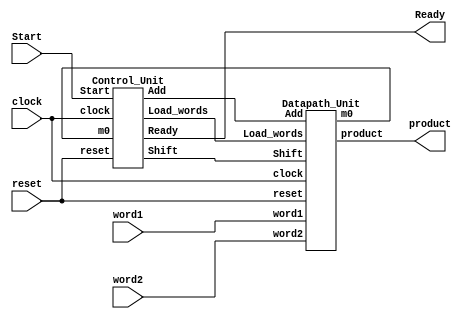
module Multiplier_STG_0 #(parameter L_word = 4)
                         (output [2*L_word-1:0] product,
                          output                  Ready,
                          input [L_word-1:0] word1, word2,
                          input Start, clock, reset);

wire        m0, Load_words, Shift;

Control_Unit M0_Controller (.Load_words(Load_words), .Shift(Shift), .Add(Add), .Ready(Ready), .m0(m0), .Start(Start), .clock(clock), .reset(reset));

Datapath_Unit M1_Datapath (.product(product), .m0(m0), .word1(word1), .word2(word2), .Load_words(Load_words), .Shift(Shift), 
                           .Add(Add), .clock(clock), .reset(reset));
endmodule

module Control_Unit #(parameter L_word = 4, L_state = 4)     //Datapath size, state
                                                              
                     (output reg              Load_words, Shift, Add,
                      output                  Ready,
                      input                   m0, Start, clock, reset);

              reg    [L_state-1:0]          state, next_state;
              parameter                     S_idle = 0, S_1 = 1, S_2 = 2,
                                            S_3 = 3, S_4 = 4, S_5 = 5, S_6 = 6,
                                            S_7 = 7, S_8 = 8;
      assign                                Ready = ((state == S_idle) && !reset)
                                                   || (state == S_8);
always @(posedge clock, posedge reset)     // State transitions

    if (reset == 1'b1) state <= S_idle; else state <= next_state;

always @(state, Start, m0) begin     // Next state and control logic
       Load_words = 0; Shift = 0; Add = 0;  // Default values
  case(state)

      S_idle:                           if (Start) begin Load_words = 1; next_state = S_1; end
                                        else next_state = S_idle;

      S_1:                              if(m0)    begin Add = 1; next_state = S_2; end
                                        else      begin Shift = 1; next_state = S_3; end
      S_2:                                        begin Shift = 1; next_state = S_3; end

      S_3:                              if(m0)    begin Add = 1; next_state = S_4; end
                                        else      begin Shift = 1; next_state = S_5; end
      S_4:                                        begin Shift = 1; next_state = S_5; end
                         
      S_5:                              if(m0)    begin Add = 1; next_state = S_6; end
                                        else      begin Shift = 1; next_state = S_7; end
      S_6:                                        begin Shift = 1; next_state = S_7; end

      S_7:                              if(m0)    begin Add = 1; next_state = S_8; end
                                        else      begin next_state = S_8; end
                                 
      S_8:                              if(Start) begin Load_words = 1; next_state = S_1; end
                                       else next_state = S_8;
                        default             next_state = S_idle;
  endcase
end
endmodule

module Datapath_Unit #(parameter L_word = 4)( 
                       output reg   [2*L_word-1:0]   product,
                       output                        m0,
                       input        [L_word-1:0]     word1, word2,
                       input                         Load_words, Shift, Add, clock, reset);

   reg  [2*L_word-1:0]    multiplicand;
   reg  [L_word-1:0]      multiplier;

   assign                 m0 = multiplier[0];
                   
                   //Register/Datapath Operations

always @(posedge clock, posedge reset) begin
         if   (reset == 1'b1 ) begin multiplier <= 0; multiplicand <= 0; product <= 0; end
         else if (Load_words == 1'b1 ) begin 
              multiplicand <= word1 ;
              multiplier <= word2; product <= 0;
         end
         else if (Shift == 1'b1) product <= product + multiplicand;
end
endmodule